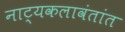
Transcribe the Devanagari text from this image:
नाट्यकलावंतांत